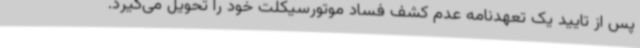
پس از تایید یک تعهدنامه عدم کشف فساد موتورسیکلت خود را تحویل می‌گیرد.